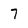
Character: 7